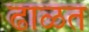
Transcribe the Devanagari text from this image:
ढाळत